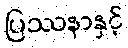
ပြဿနာနှင့်